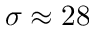
\sigma \approx 2 8